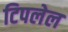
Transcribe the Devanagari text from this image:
टिपलेल